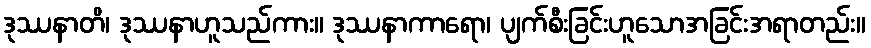
ဒုဿနာတိ၊ ဒုဿနာဟူသည်ကား။ ဒုဿနာကာရော၊ ပျက်စီးခြင်းဟူသောအခြင်းအရာတည်း။